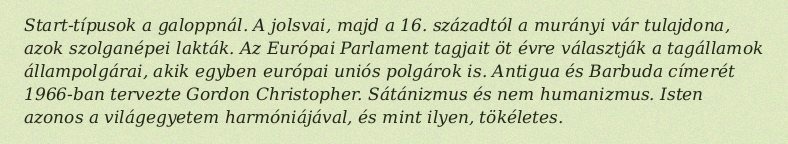
Start-típusok a galoppnál. A jolsvai, majd a 16. századtól a murányi vár tulajdona, azok szolganépei lakták. Az Európai Parlament tagjait öt évre választják a tagállamok állampolgárai, akik egyben európai uniós polgárok is. Antigua és Barbuda címerét 1966-ban tervezte Gordon Christopher. Sátánizmus és nem humanizmus. Isten azonos a világegyetem harmóniájával, és mint ilyen, tökéletes.